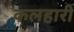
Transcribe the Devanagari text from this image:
कलहारी